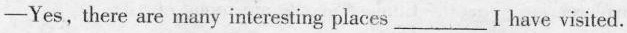
-Yes,there are many interesting places ___ I have visited.